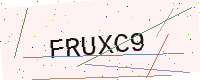
Text: FRUXC9